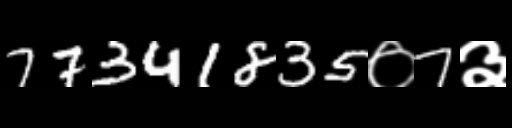
Text: 77341835०7३